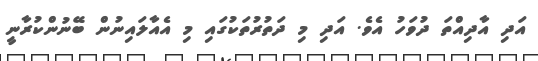
އަދި އާދިއްތަ ދުވަހު އެވެ. އަދި މި ދަތުރުތަކުގައި މި އެއާލައިނުން ބޭނުންކުރާނީ